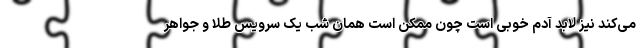
می‌کند نیز لابد آدم خوبی است چون ممکن است همان شب یک سرویس طلا و جواهر